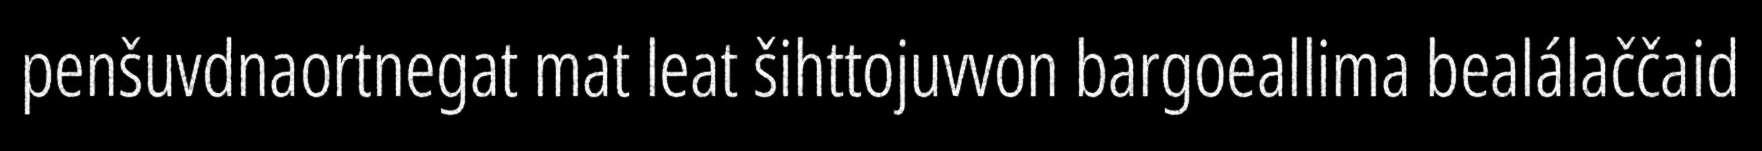
penšuvdnaortnegat mat leat šihttojuvvon bargoeallima bealálaččaid